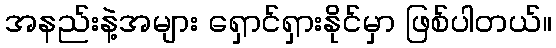
အနည်းနဲ့အများ ရှောင်ရှားနိုင်မှာ ဖြစ်ပါတယ်။